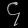
Digit: ၄